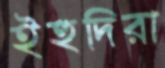
ইহুদিরা